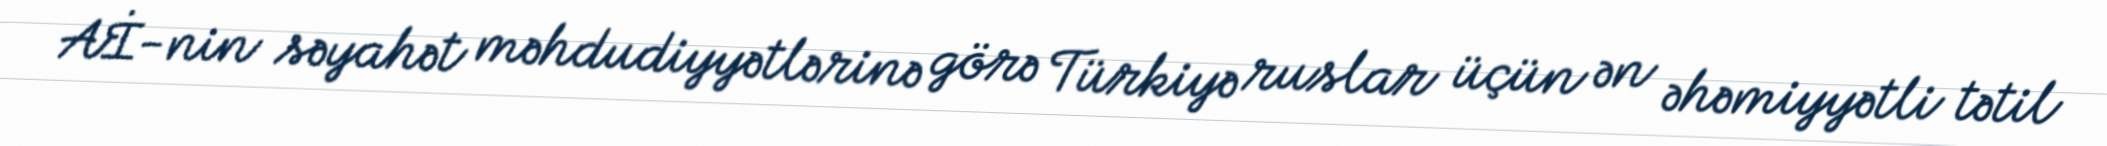
Aİ-nin səyahət məhdudiyyətlərinə görə Türkiyə ruslar üçün ən əhəmiyyətli tətil